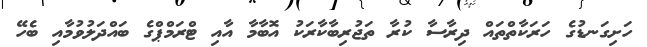
ހަށިގަނޑުގެ ހަރަކާތްތައް ދިރާސާ ކުރާ ތަޖުރިބާކާރަކު އޮބާމާ އާއި ޓްރަމްޕްގެ ބައްދަލުވުމާއި ބެހޭ